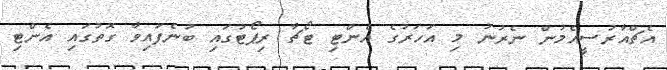
އެޗްއާރުސީއެމުން ނެރުނު މި އަހަރުގެ އެންޓި ޓޯޗާ ރިޕޯޓުގައި ބުނެފައިވާ ގޮތުގައި އެންޓި